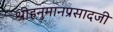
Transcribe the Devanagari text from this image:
श्रीहनुमानप्रसादजी